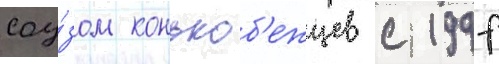
соу́зом конькоб'ежцев с 1997